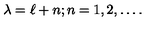
\lambda = \ell + n ; n = 1 , 2 , \dots .